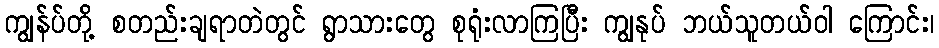
ကျွန်ပ်တို့ စတည်းချရာတဲတွင် ရွာသားတွေ စုရုံးလာကြပြီး ကျွနုပ် ဘယ်သူတယ်ဝါ ကြောင်း၊